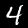
Digit: 4